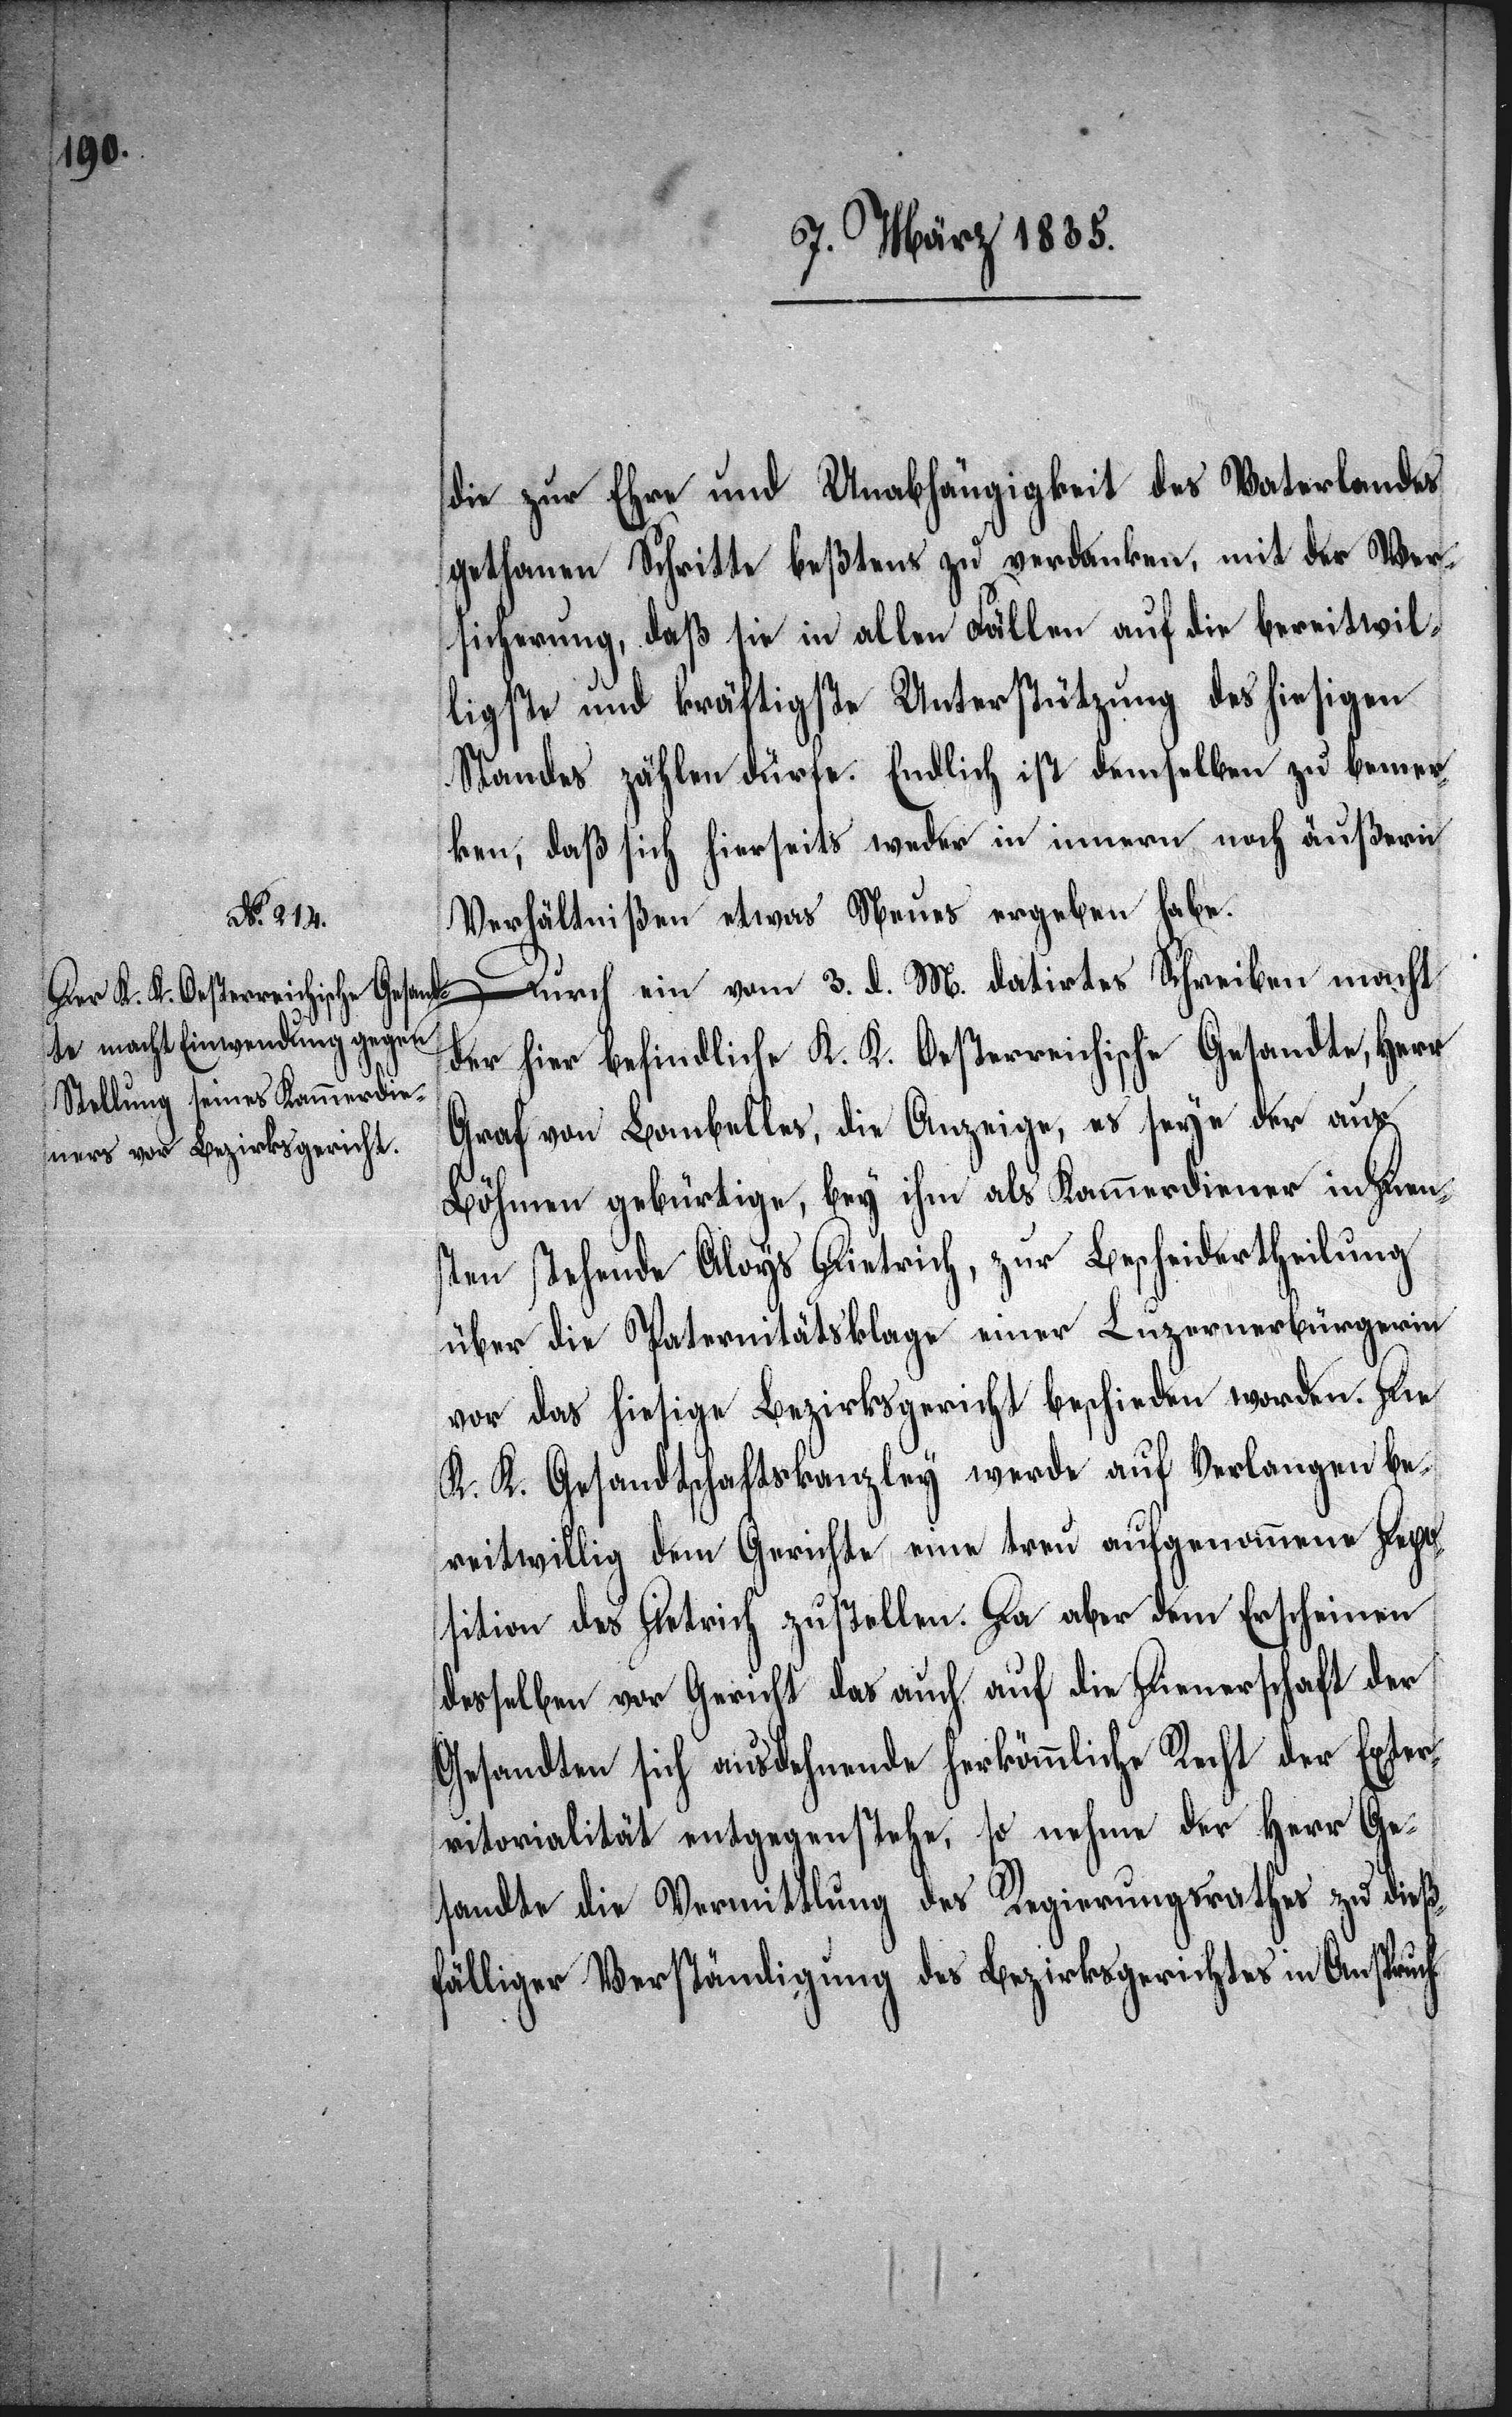
die zur Ehre und Unabhängigkeit des Vaterlandes
gethanen Schritte beßtens zu verdanken, mit der Ver¬
sicherung, daß sie in allen Fällen auf die bereitwil¬
ligste und kräftigste Unterstützung des hiesigen
Standes zählen dürfe. Endlich ist demselben zu bemer¬
ken, daß sich hierseits weder in innern noch äußern
Verhältnißen etwas Neues ergeben habe.
Durch ein vom 3. d. M. datirtes Schreiben macht
der hier befindliche K. K. Oesterreichische Gesandte, Herr
Graf von Lombelles, die Anzeige, es seye der aus
Böhmen gebürtige, bey ihm als Kammerdiener in Dien¬
sten stehende Aloys Dietrich, zur Bescheidertheilung
über die Paternitätsklage einer Luzernerbürgerin
vor das hiesige Bezirksgericht beschieden worden. Die
K. K. Gesandtschaftskanzley werde auf Verlangen be¬
reitwillig dem Gerichte eine treu aufgenommene Depos¬
ition des Dietrich zustellen. Da aber dem Erscheinen
desselben vor Gericht das auch auf die Dienerschaft der
Gesandten sich ausdehnende herkömmliche Recht der Exter¬
ritorialität entgegenstehe, so nehme der Herr Ge¬
g des Regierungsrathes zu dieß¬
sandte die Vermittlun¬
fälliger Verständigung des Bezirksgerichtes in Anspruch.